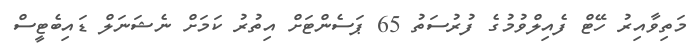
މަތިވާއިރު ހޭޓް ފެއިލްވުމުގެ ފުރުސަތު 65 ޕަސެންޓަށް އިތުރު ކަމަށް ނެޝަނަލް ޑައިބެޓީސް